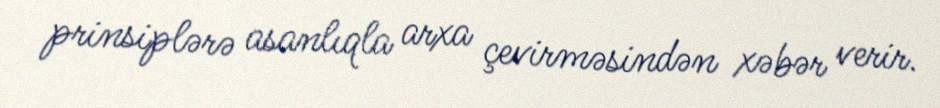
prinsiplərə asanlıqla arxa çevirməsindən xəbər verir.